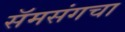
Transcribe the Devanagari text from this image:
सॅमसंगचा